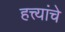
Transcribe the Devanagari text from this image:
हत्त्यांचे